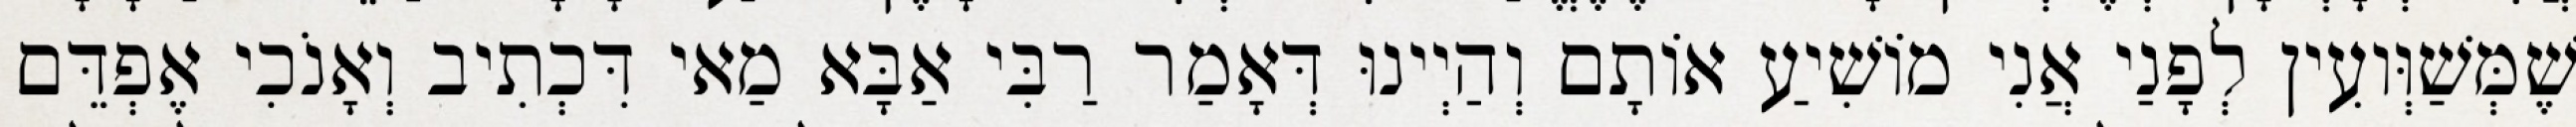
שֶׁמְּשַׁוְּועִין לְפָנַי אֲנִי מוֹשִׁיעַ אוֹתָם וְהַיְינוּ דְּאָמַר רַבִּי אַבָּא מַאי דִּכְתִיב וְאָנֹכִי אֶפְדֵּם